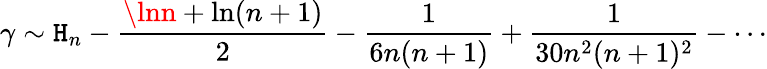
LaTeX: \gamma\sim\mathtt{H}_{n}-{\frac{{\lnn+\ln(n+1)}}{{2}}}-{\frac{{1}}{{6n(n+1)}}}+{\frac{{1}}{{30n^{2}(n+1)^{2}}}}-\cdots